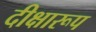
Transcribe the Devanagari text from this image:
दीक्षारूप